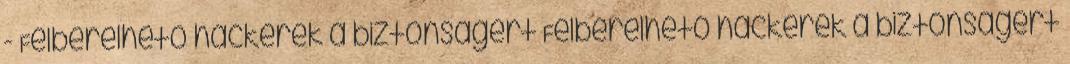
- Felbérelhető hackerek a biztonságért Felbérelhető hackerek a biztonságért